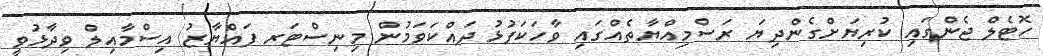
ހޮޓެލް ޖެންގައި ކުރިޔަށްގެންދިޔަ ރަސްމިއްޔާތެއްގައި ވާހަކަފުޅު ދައްކަވަމުން މިނިސްޓަރ ފައްޔާޒު އިސްމާއިލް ވިދާޅުވީ